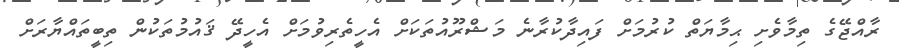
ރާއްޖޭގެ ތިމާވެށި ޙިމާޔަތް ކުރުމަށް ފައިދާކުރާނެ މަޝްރޫއުތަކަށް އެހީތެރިވުމަށް އެހީދޭ ޤައުމުތަކުން ތިބީތައްޔާރަށް